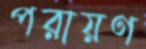
পরায়ণ